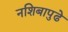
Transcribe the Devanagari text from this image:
नशिबापुढे